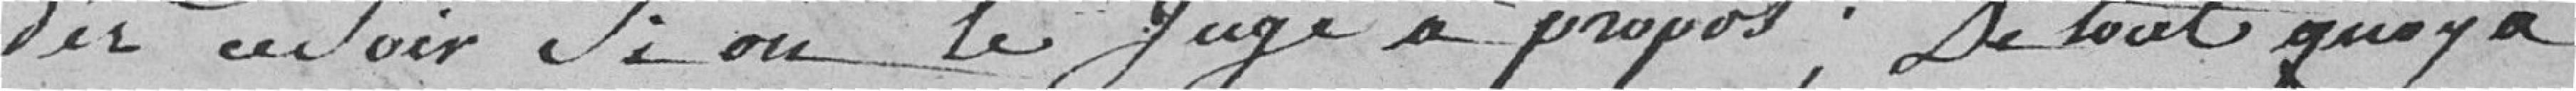
dès ce soir si on le juge à propos ; De tout quoi a